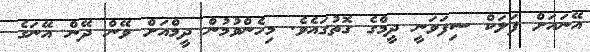
އޭނައަށް ފަލަކް ސިފަވަނީ ދީމްގެ ގޮތުގައެވެ. މިހެންވުމުން ދީމްއަށް ވޭން ދޭން އޭނަގެ